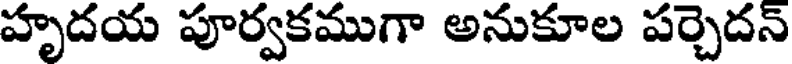
హృదయ పూర్వకముగా అనుకూల పర్చెదన్